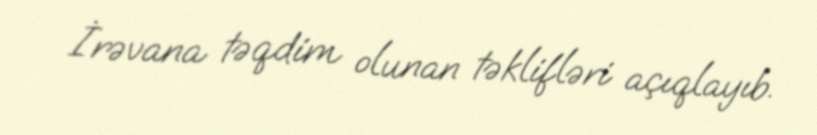
İrəvana təqdim olunan təklifləri açıqlayıb.